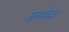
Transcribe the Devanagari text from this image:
अनर्थदंड